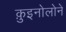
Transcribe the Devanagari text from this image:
क़ुइनोलोने